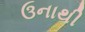
ઉનાથી